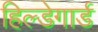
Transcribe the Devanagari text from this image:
हिल्डेगार्ड